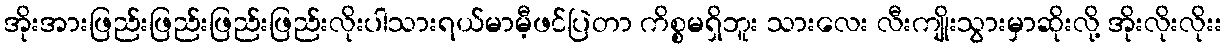
အိုးအားဖြည်းဖြည်းဖြည်းဖြည်းလိုးပါသားရယ်မာမီ့ဖင်ပြဲတာ ကိစ္စမရှိဘူး သားလေး လီးကျိုးသွားမှာဆိုးလို့ အိုးလိုးလိုးး